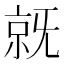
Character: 𣄵